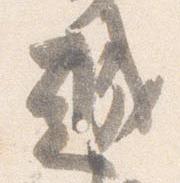
越